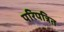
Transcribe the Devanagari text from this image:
परिपत्रित